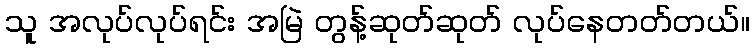
သူ အလုပ်လုပ်ရင်း အမြဲ တွန့်ဆုတ်ဆုတ် လုပ်နေတတ်တယ်။